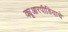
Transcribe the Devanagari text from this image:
क्यूआरपीडियाचे